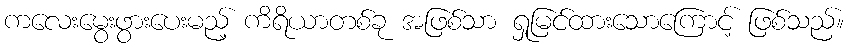
ကလေးမွေးဖွားပေးမည့် ကိရိယာတစ်ခု အဖြစ်သာ ရှုမြင်ထားသောကြောင့် ဖြစ်သည်။